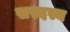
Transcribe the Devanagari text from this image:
सस्दस्य